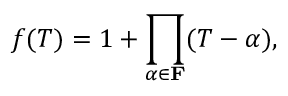
f ( T ) = 1 + \prod _ { \alpha \in \mathbf { F } } ( T - \alpha ) ,